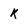
Character: k